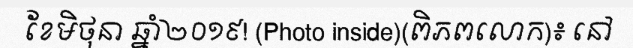
ខែមិថុនា ឆ្នាំ២០១៩! (Photo inside)(ពិភពលោក)៖ នៅ